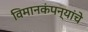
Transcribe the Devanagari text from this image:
विमानकंपन्यांचे